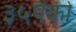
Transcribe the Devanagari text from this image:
३५पैकी